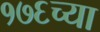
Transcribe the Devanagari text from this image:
१७६च्या